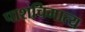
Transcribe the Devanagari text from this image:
पाशचिमात्य